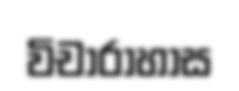
විචාරාහාස